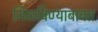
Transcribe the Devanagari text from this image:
मिळविण्याबाबत